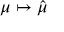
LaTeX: \mu \mapsto { \hat { \mu } }